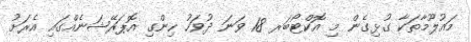
މައުލޫމާތަކާ ގުޅިގެން މި އޮކްޓޯބަރ 18 ވަނަ ދުވަހު ހިންގި އޮޕަރޭޝަނެއްގައި އެރަށު